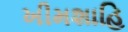
ખીમશાહિ